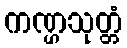
ကဏ္ဌသုတ္တံ